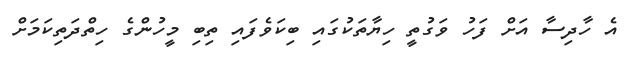
އެ ހާދިސާ އަށް ފަހު ވަގުތީ ހިޔާތަކުގައި ބިކަވެފައި ތިބި މީހުންގެ ހިތްދަތިކަމަށް